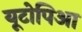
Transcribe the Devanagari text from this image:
यूटोपिआ